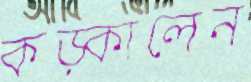
কড়্‌কালেন